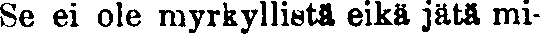
Se ei ole myrkyllistä eikä jätä mi-